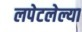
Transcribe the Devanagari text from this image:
लपेटलेल्या